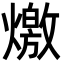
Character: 燩